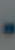
-